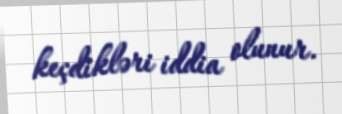
keçdikləri iddia olunur.